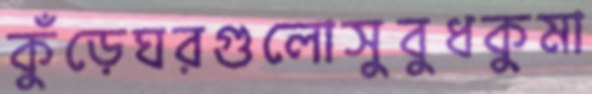
কুঁড়েঘরগুলোসুবুধকুমা